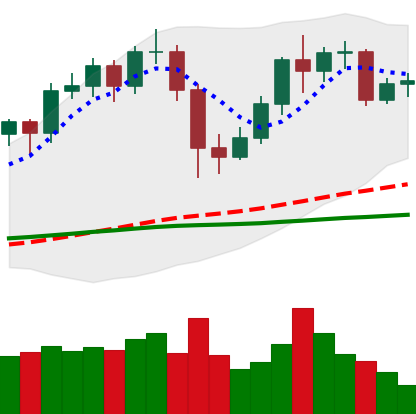
Ticker: LTC-USD
Chart end date: 2020-12-06
Forward return: -13.725%
Label: down_7plus